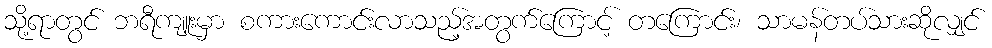
သို့ရာတွင် ဘရီကျူးမှာ စကားကောင်းလာသည့်အတွက်ကြောင့် တကြောင်း၊ သာမန်တပ်သားဆိုလျှင်